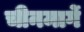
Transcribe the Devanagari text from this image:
चीनमार्गे